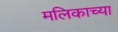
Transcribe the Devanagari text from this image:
मलिकाच्या